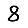
Digit: 8